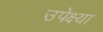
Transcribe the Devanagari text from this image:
उपेक्ष्या